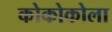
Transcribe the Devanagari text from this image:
कोकोकोला